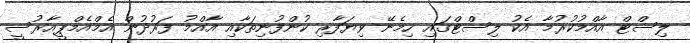
ލިސްޓް އާއްމުކުރުމާ އެކު ލިސްޓްގައި ހިމެނޭ ވިޔަފާރި ކުންފުނިތަކާއި އާއްމު ފަރުދުން އެމްއެމްޕީއާރުސީ